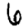
Digit: 6